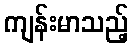
ကျန်းမာသည့်